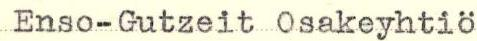
Enso-Gutzeit Osakeyhtiö